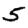
Digit: 5